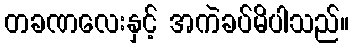
တခဏလေးနှင့် အကဲခပ်မိပါသည်။